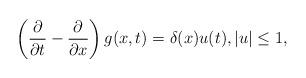
LaTeX: \begin{align*}\left(\frac{\partial }{\partial t}-\frac{\partial}{\partial x}\right)g(x,t)=\delta(x)u(t),|u|\leq1,\end{align*}